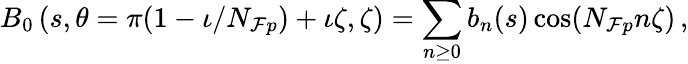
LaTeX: B_{0}\left(s,\theta=\pi(1-\iota/N_{\mathcal{F}p})+\iota\zeta,\zeta\right)=\sum_{n\ge0}{b_{n}}(s)\cos(N_{\mathcal{F}p}n\zeta)\, ,